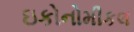
ઇકોનોમીકલ